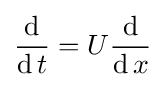
{\frac {\operatorname {d} }{\operatorname {d} t}}=U{\frac {\operatorname {d} }{\operatorname {d} x}}